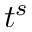
t ^ { s }